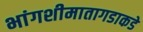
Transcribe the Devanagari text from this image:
भांगशीमातागडाकडे